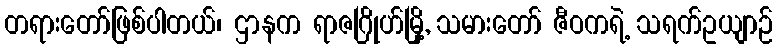
တရားတော်ဖြစ်ပါတယ်၊ ဌာနက ရာဇဂြိုဟ်မြို့, သမားတော် ဇီဝကရဲ့ သရက်ဥယျာဉ်